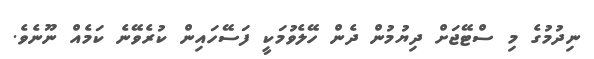
ނިދުމުގެ މި ސްޓޭޖަށް ދިޔުމުން ދެން ހޭލެވުމަކީ ފަސޭހައިން ކުރެވޭނެ ކަމެއް ނޫނެވެ.